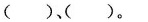
()、()。